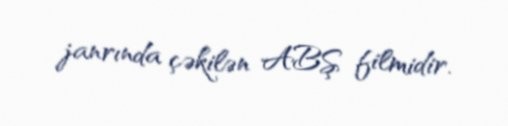
janrında çəkilən ABŞ filmidir.